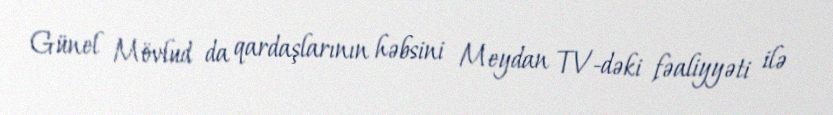
Günel Mövlud da qardaşlarının həbsini Meydan TV-dəki fəaliyyəti ilə